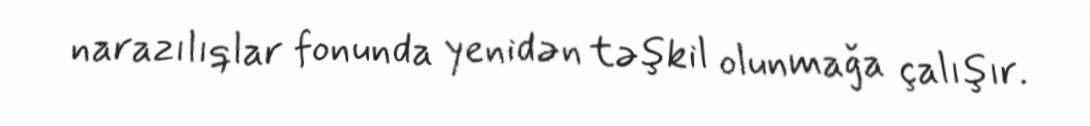
narazılıqlar fonunda yenidən təşkil olunmağa çalışır.